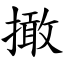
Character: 撖